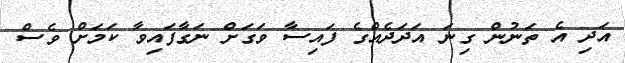
އަދި އެ ތަނުން ގިނަ އަދަދެއްގެ ފައިސާ ވަގަށް ނަގާފައިވާ ކަމަށް ވެސް